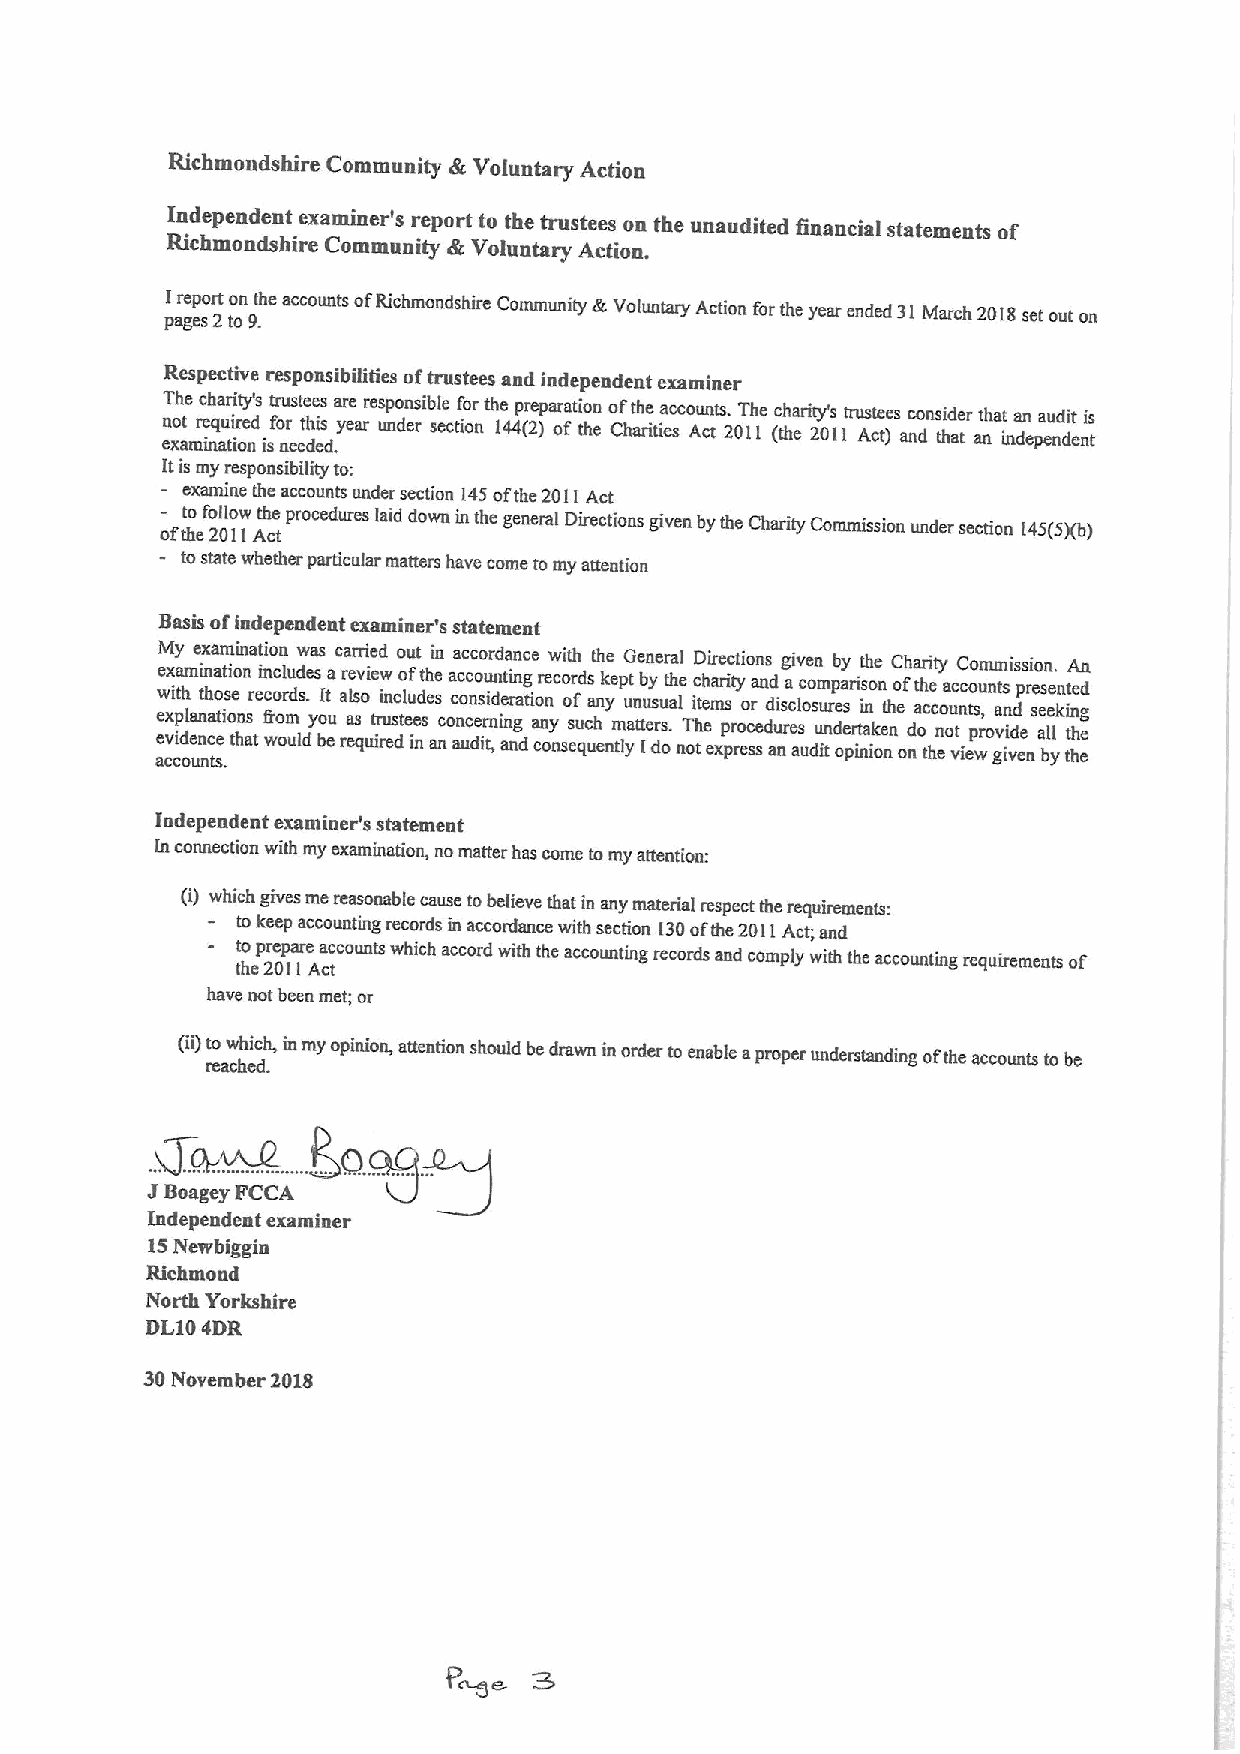
Richmondshire Community dk Voluntary Action
 Independent examiner's report to the trustees ou the unaudited financial statements of
 Richmondshire Community dk Voluntary Action.
 pI ar ge ep sor 2t to on 9th .e accounts ofRichmondshire Community EcVoluntary Action for the year ended 31March 2018set out on
 Respective responsibilities oftrustees and independent examiner
 n eT xoh ate mr ic e nh q aa u tr iii ort e ny d's ist fr o nu r est ee t dhe eis s d.a yr ee arres up no dn es ribl se ectf ioo nr th 1e 44pr (e 2p )ar oa ftio tn he o Cf hath rie tiea scco Aun ct ts. 20T 1h 1e (c th ha erit 2y' 0s 11tru Ast ce te )s anc dons ti hd ae tr at nhat ina dn epa enu dd eit ntis
 ltis my responsibility to:
 examine the accounts under section 145ofthe 2011Act
 -
 oftt ho efo 2l 0lo 1w 1Ath ce t procedures laid down in the general Directions given by the Charity Commission under section 145(5)(b)
 tostate whether particular mattem have come tomy attention
 Basis ofiadepeadent examiner's statement
 ae ewM e cx vx i cp ity a dh olm a e une ni nn tx a ch ta ta e so itm .oi so nei tnn hs aa r tt ei io cn f wn roc o ol r mu udd lsw de .s yas o bI ut eac a rra eae lr s qsvr o ui ie e it rd w r ei un dsc to o l euu ef id nt st eh s ai en ncoa c aa nc o uc cc n dc eo so iru ti nr ,dnd ie nta ai r gnn nag t dc ie o a cnr n oe yw nc soi o et r sh qd f u us ca eht n nh k y te le m ypG ut an te tb u Ien y s r de u sr oa .ta h ll ne T oi hc tD th e e ei mar xre s pi pc t r ryt oi eoo c sn r sa es n ddd u ai nrsg ea c si alv o uce so dn u um itr nmp db oa ey pr ri t is a nt io kh n in oee n nthC o e oh f nda t a or h c ti e ht cy enoa ou vc tnC c it eo so p w,um ronm vt gas i ini d vs d e es p ni ro e sn s e a b. e le l yn kt ie t tnA hhd g een
 Independent examiaer's statement
 ln connection with my examination, no matter has come tomy attention:
 (i) which gives me reasoaable cause tobelieve that in any material respect the nulutrements:
 tokeep accounting records in accordance with section 130ofthe 2011Act;and
 tt ho ep 2re 0p 1ar 1e Aa cc tcounts which accord with the accounting records and comply with the accounting requirements of
 have not been met; or
 (ii)t ro eaw chh eic dh ., inmy opinion, attention should be drawn in order to enable aproper understanding oFthe accounts to be
 ~,
 goya
 ,g,
 ,
 J
 Boagey FCCA
 Iadependent examiner
 15Newbiggin
 Richmond
 North Yorkshire
 DL104DR
 30November 2018